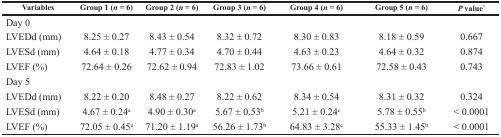
| Variables | Group 1 (n = 6) | Group 2 (n = 6) | Group 3 (n = 6) | Group 4 (n = 6) | Group 5 (n = 6) | P value* |
 | --- | --- | --- | --- | --- | --- | --- |
 | Day 0 |  |  |  |  |  |  |
 | LVEDd (mm) | 8.25 ± 0.27 | 8.43 ± 0.54 | 8.32 ± 0.72 | 8.30 ± 0.83 | 8.18 ± 0.59 | 0.667 |
 | LVESd (mm) | 4.64 ± 0.18 | 4.77 ± 0.34 | 4.70 ± 0.44 | 4.63 ± 0.23 | 4.64 ± 0.32 | 0.874 |
 | LVEF (%) | 72.64 ± 0.26 | 72.62 ± 0.94 | 72.83 ± 1.02 | 73.66 ± 0.61 | 72.58 ± 0.43 | 0.743 |
 | Day 5 |  |  |  |  |  |  |
 | LVEDd (mm) | 8.22 ± 0.20 | 8.48 ± 0.27 | 8.22 ± 0.62 | 8.34 ± 0.54 | 8.31 ± 0.32 | 0.324 |
 | LVESd (mm) | 4.67 ± 0.24a | 4.90 ± 0.30a | 5.67 ± 0.53b | 5.21 ± 0.24c | 5.78 ± 0.55b | < 0.0001 |
 | LVEF (%) | 72.05 ± 0.45a | 71.20 ± 1.19a | 56.26 ± 1.73b | 64.83 ± 3.28c | 55.33 ± 1.45b | < 0.0001 |